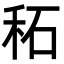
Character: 䄷